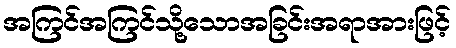
အကြင်အကြင်သို့သောအခြင်းအရာအားဖြင့်